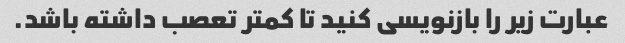
عبارت زیر را بازنویسی کنید تا کمتر تعصب داشته باشد.